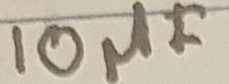
Text: 10µF